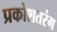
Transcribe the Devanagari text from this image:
प्रकोशतरंग